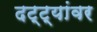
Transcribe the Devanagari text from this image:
दट्ट्यांवर